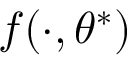
f ( \cdot , \theta ^ { * } )